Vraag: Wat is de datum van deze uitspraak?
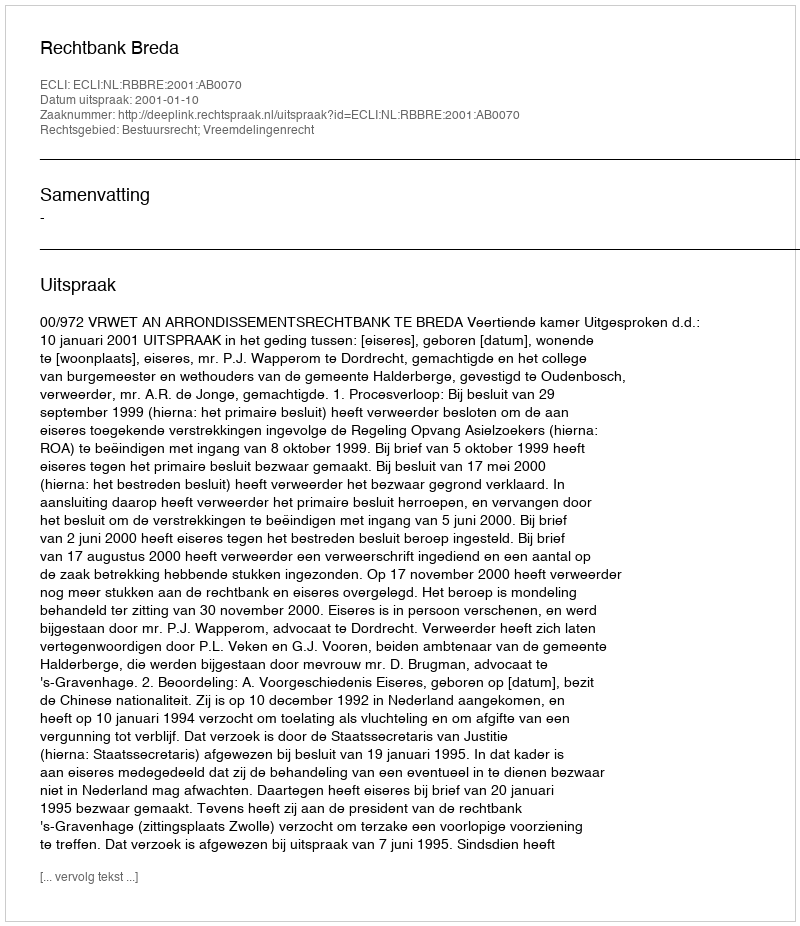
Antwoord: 2001-01-10